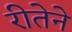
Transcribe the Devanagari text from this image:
रीतेने